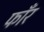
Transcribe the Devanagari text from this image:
फाँर